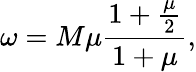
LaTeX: \omega=M\mu\frac{1+\frac{\mu}2}{1+\mu},